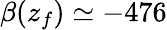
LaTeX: \beta(z_{f})\simeq-476